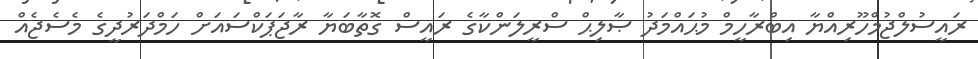
ރައީސުލްޖުމްހޫރިއްޔާ އިބްރާހީމް މުޙައްމަދު ޞާލިޙް ސްރީލަންކާގެ ރައީސް ގޮތާބަޔާ ރާޖަޕަކްސައަށް ހަމްދަރުދީގެ މެސެޖެއް